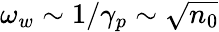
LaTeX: \omega_{w}\sim 1/\gamma_{p}\sim\sqrt{n_{0}}